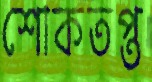
শোকতপ্ত